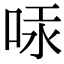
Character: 𠳃